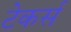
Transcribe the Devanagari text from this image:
टेकर्स